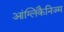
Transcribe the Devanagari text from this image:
आंग्लिकैनिज्म